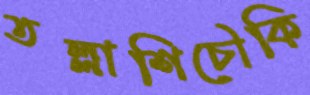
তল্লাশিচৌকি